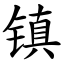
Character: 镇